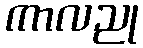
ကာလညု